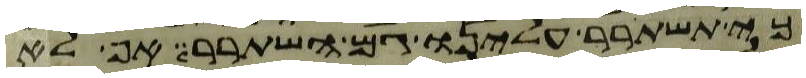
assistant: כי תשתרר עלינו גם השתרר אף לא